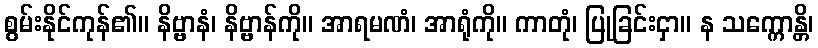
စွမ်းနိုင်ကုန်၏။ နိဗ္ဗာနံ၊ နိဗ္ဗာန်ကို။ အာရမဏံ၊ အာရုံကို။ ကာတုံ၊ ပြုခြင်းငှာ။ န သက္ကောန္တိ၊